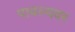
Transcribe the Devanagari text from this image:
पावल्यवर